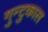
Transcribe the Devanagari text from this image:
गुन्टुकाल